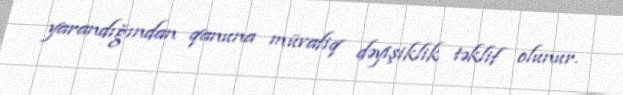
yarandığından qanuna müvafiq dəyişiklik təklif olunur.